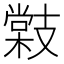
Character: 𭣜